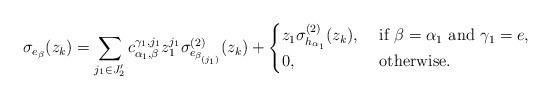
LaTeX: \begin{align*}\sigma_{e_\beta}(z_k)=\sum_{j_1\in J_2^\prime}c_{\alpha_1,\beta}^{\gamma_1,j_1}z_1^{j_1}\sigma_{e_{\beta_{(j_1)}}}^{(2)}(z_k)+\begin{cases}z_1\sigma_{h_{\alpha_1}}^{(2)}(z_k), &\textrm{ if }\beta=\alpha_1\textrm{ and }\gamma_1=e, \\0, &\textrm{ otherwise.}\end{cases}\end{align*}